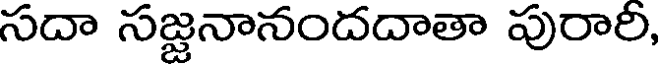
సదా సజ్జనానందదాతా పురారి,